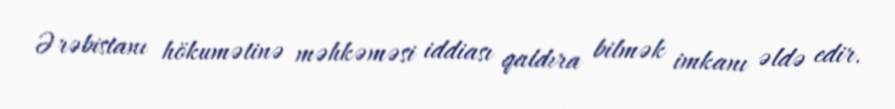
Ərəbistanı hökumətinə məhkəməsi iddiası qaldıra bilmək imkanı əldə edir.